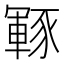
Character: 𮙡